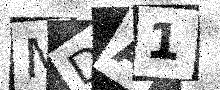
Text: MDA1